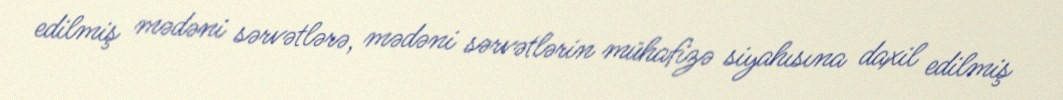
edilmiş mədəni sərvətlərə, mədəni sərvətlərin mühafizə siyahısına daxil edilmiş